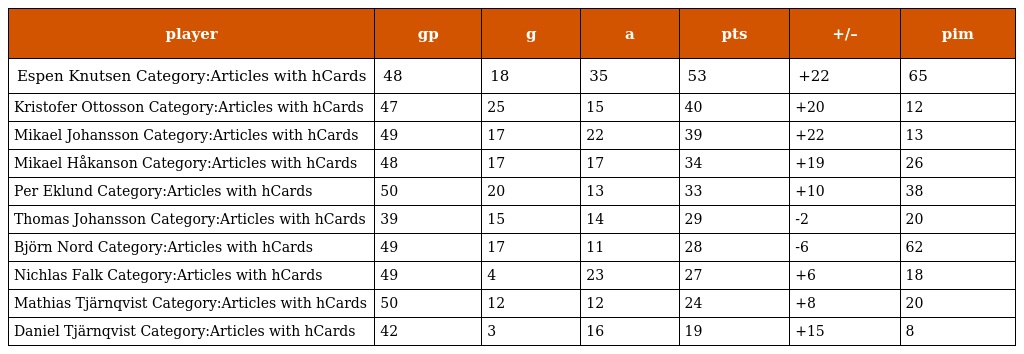
| player | gp | g | a | pts | +/– | pim |
 | --- | --- | --- | --- | --- | --- | --- |
 | Espen Knutsen Category:Articles with hCards | 48 | 18 | 35 | 53 | +22 | 65 |
 | Kristofer Ottosson Category:Articles with hCards | 47 | 25 | 15 | 40 | +20 | 12 |
 | Mikael Johansson Category:Articles with hCards | 49 | 17 | 22 | 39 | +22 | 13 |
 | Mikael Håkanson Category:Articles with hCards | 48 | 17 | 17 | 34 | +19 | 26 |
 | Per Eklund Category:Articles with hCards | 50 | 20 | 13 | 33 | +10 | 38 |
 | Thomas Johansson Category:Articles with hCards | 39 | 15 | 14 | 29 | -2 | 20 |
 | Björn Nord Category:Articles with hCards | 49 | 17 | 11 | 28 | -6 | 62 |
 | Nichlas Falk Category:Articles with hCards | 49 | 4 | 23 | 27 | +6 | 18 |
 | Mathias Tjärnqvist Category:Articles with hCards | 50 | 12 | 12 | 24 | +8 | 20 |
 | Daniel Tjärnqvist Category:Articles with hCards | 42 | 3 | 16 | 19 | +15 | 8 |